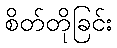
စိတ်တိုခြင်း